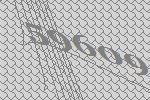
59609